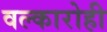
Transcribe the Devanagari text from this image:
वल्कारोही